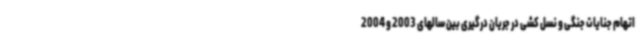
اتهام جنایات جنگی و نسل کشی در جریان درگیری بین سالهای 2003 و 2004